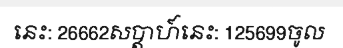
នេះ: 26662សប្តាហ៍នេះ: 125699ចូល